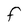
Character: F